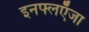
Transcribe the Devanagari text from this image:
इनफ्लएँजा